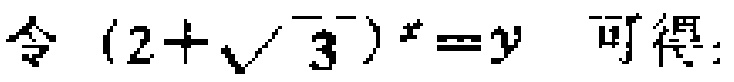
令\((2 + \sqrt{3})^{x}=y\) 可得：